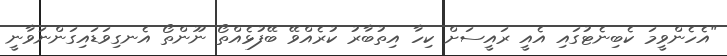
"އެހެންވީމަ ކެބިނެޓުގައި އެއީ ރައީސަށް ކިހާ އިތުބާރު ކުރެއްވޭ ބޭފުޅެއްތޯ ނޫންތޯ އެނގިވަޑައިގަންނަވާނީ